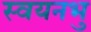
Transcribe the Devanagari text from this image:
स्वयनभु